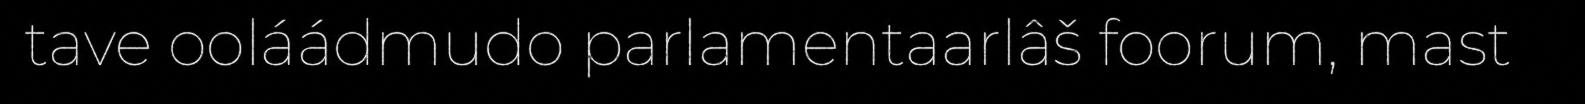
tave ooláádmudo parlamentaarlâš foorum, mast